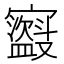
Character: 𫴣